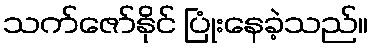
သက်ဇော်နိုင် ပြုံးနေခဲ့သည်။